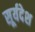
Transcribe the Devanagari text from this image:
सूर्यदेश